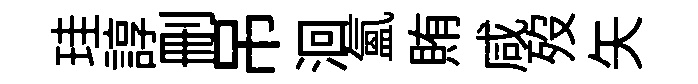
珪諄删吊洄氲賄咸歿矢